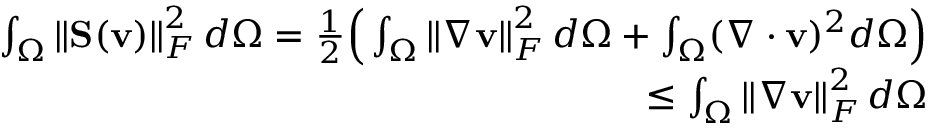
\begin{array} { r l r } & { } & { \int _ { \Omega } \left\lVert \mathbf { S } ( \mathbf { v } ) \right\rVert _ { F } ^ { 2 } d \Omega = \frac { 1 } { 2 } \Big ( \int _ { \Omega } \left\lVert \nabla \mathbf { v } \right\rVert _ { F } ^ { 2 } d \Omega + \int _ { \Omega } ( \nabla \cdot \mathbf { v } ) ^ { 2 } d \Omega \Big ) } \\ & { } & { \leq \int _ { \Omega } \left\lVert \nabla \mathbf { v } \right\rVert _ { F } ^ { 2 } d \Omega } \end{array}